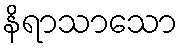
နိရာသာသော